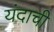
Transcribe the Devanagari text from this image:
यंदाची